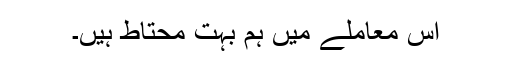
اس معاملے میں ہم بہت محتاط ہیں۔